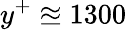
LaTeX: y^{+}\approxeq 1300